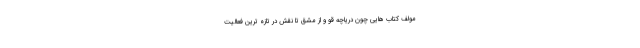
مولف کتاب هایی چون دریاچه قو و از مشق تا نقش در تازه ترین فعالیت